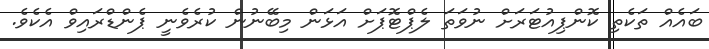
ބައެއް ތަކެތި ކޮންޕިއުޓަރަށް ނުވަތަ ލެޕްޓޮޕަށް އަޅަން މިބޭނުން ކުރެވެނީ ޕެންޑްރައިވް އެކެވެ.